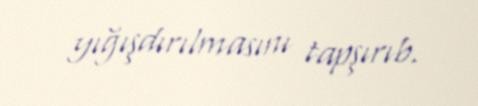
yığışdırılmasını tapşırıb.